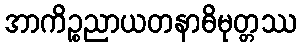
အာကိဉ္စညာယတနာဓိမုတ္တဿ